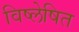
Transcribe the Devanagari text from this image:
विष्लेषित